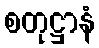
စတုဋ္ဌာနံ